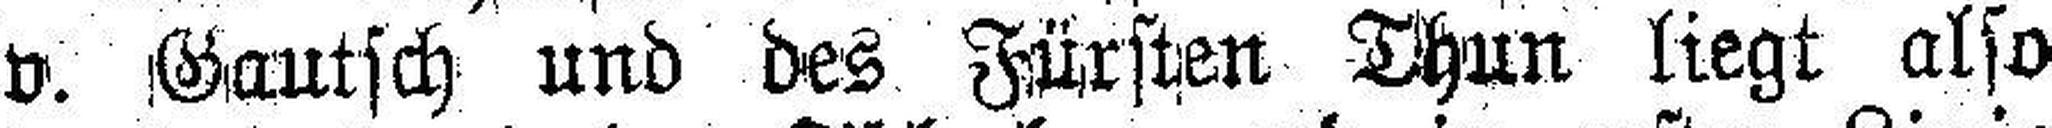
v. Gautsch und des Fürsten Thun liegt also